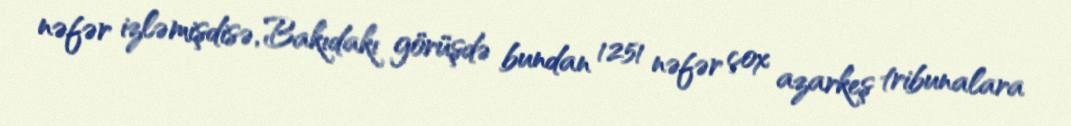
nəfər izləmişdisə, Bakıdakı görüşdə bundan 1251 nəfər çox azarkeş tribunalara